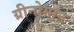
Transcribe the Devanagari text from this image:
ग्रीनोमान